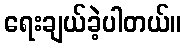
ရေးချယ်ခဲ့ပါတယ်။